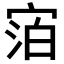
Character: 𪧓